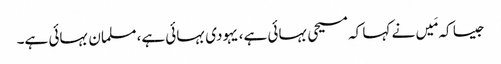
جیسا کہ مَیں نے کہا کہ مسیحی بہائی ہے، یہودی بہائی ہے، مسلمان بہائی ہے۔